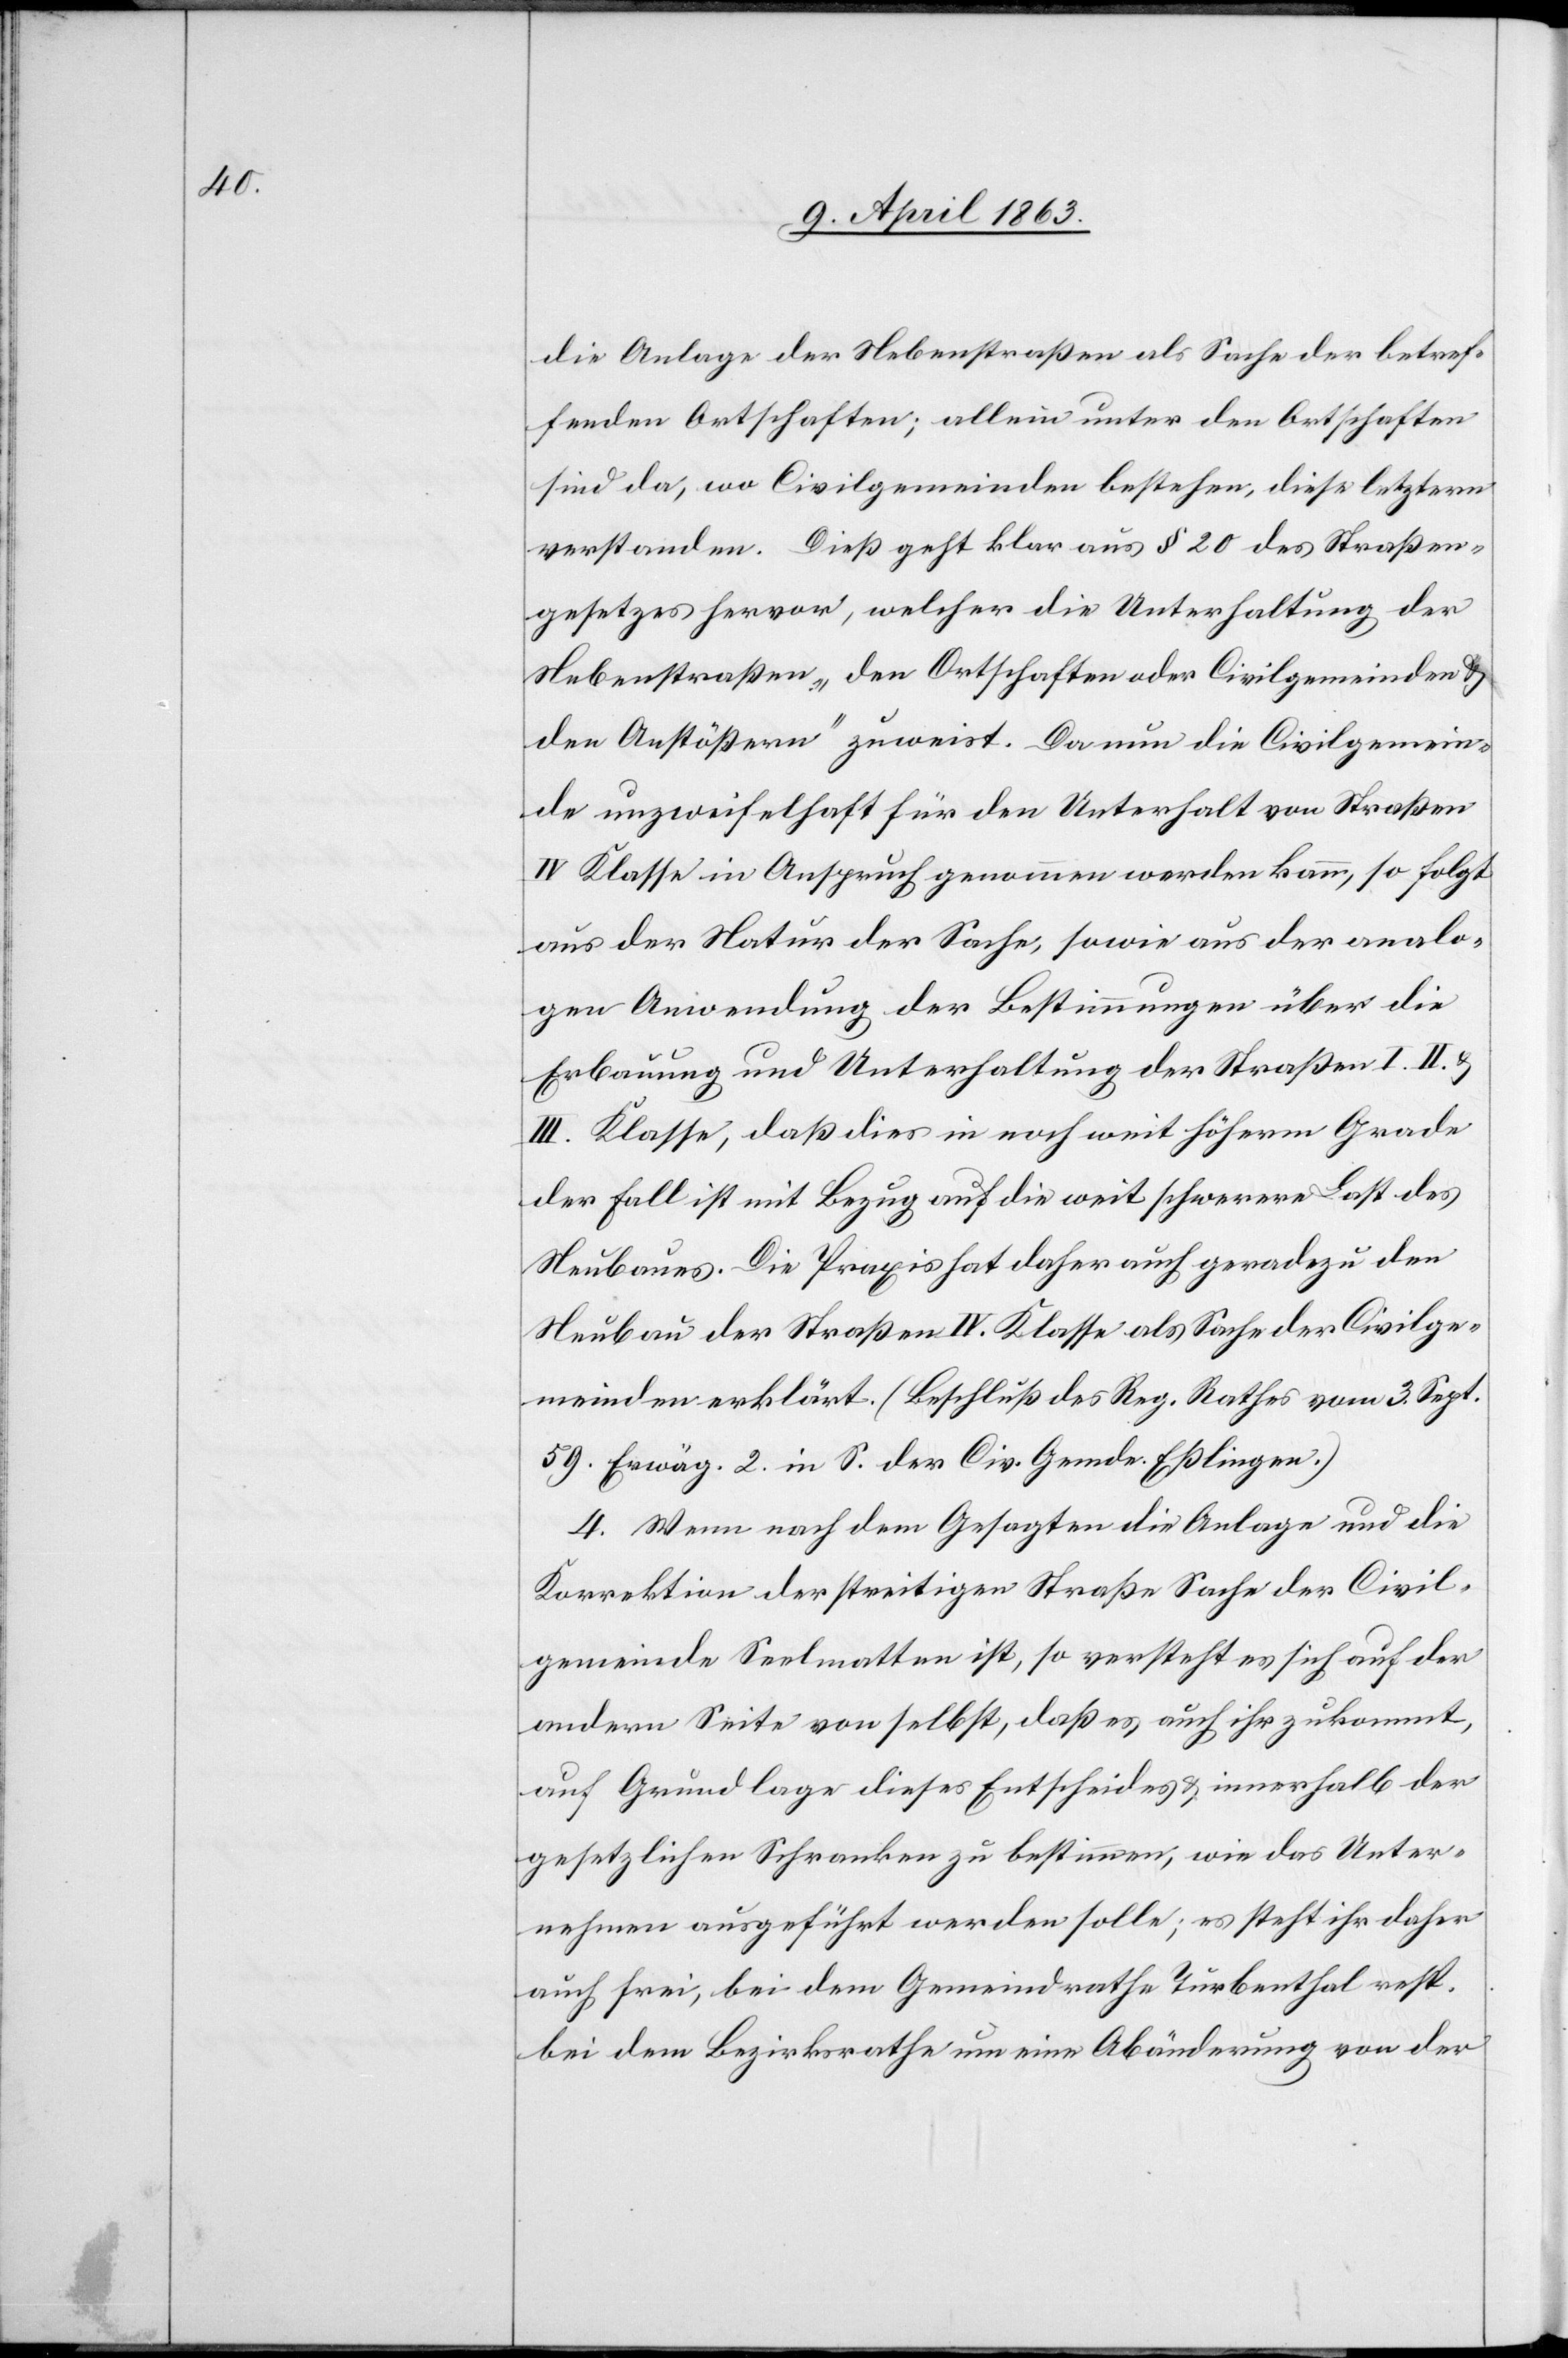
die Anlage der Nebenstraßen als Sache der betref¬
fenden Ortschaften; allein unter den Ortschaften
sind da, wo Civilgemeinden bestehen, diese letztern
verstanden. Dieß geht klar aus § 20 des Straßen¬
gesetzes hervor, welcher die Unterhaltung der
Nebenstraßen „den Ortschaften oder Civilgemeinden &
den Anstößern“ zuweist. Da nun die Civilgemein¬
de unzweifelhaft für den Unterhalt von Straßen
IV Klasse in Anspruch genommen werden kann, so folgt
aus der Natur der Sache, sowie aus der analo¬
gen Anwendung der Bestimmungen über die
Erbauung und Unterhaltung der Straßen I.[,]
III. Klasse, daß dies in noch weit höherm Grade
der Fall ist mit Bezug auf die weit schwerere Last des
Neubaues. Die Praxis hat daher auch geradezu den
Neubau der Straßen IV. Klasse als Sache der Civilge¬
meinden erklärt. (Beschluß des Reg. Rathes vom 3. Sept.
59. Erwäg. 2 in S. der Civ. Gemde. Eßlingen.)
4. Wenn nach dem Gesagten die Anlage und die
Korrektion der streitigen Straße Sache der Civil¬
gemeinde Seelmatten ist, so versteht es sich auf der
andern Seite von selbst, daß es auch ihr zukommt,
auf Grundlage dieses Entscheides & innerhalb der
gesetzlichen Schranken zu bestimmen, wie das Unter¬
nehmen ausgeführt werden solle; es steht ihr daher
auch frei, bei dem Gemeindrathe Turbenthal resp.
bei dem Bezirksrathe um eine Abänderung von der